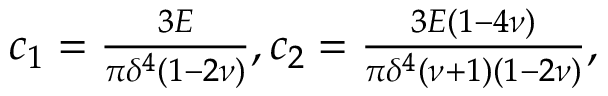
\begin{array} { r } { c _ { 1 } = \frac { 3 E } { \pi \delta ^ { 4 } ( 1 - 2 \nu ) } , c _ { 2 } = \frac { 3 E ( 1 - 4 \nu ) } { \pi \delta ^ { 4 } ( \nu + 1 ) ( 1 - 2 \nu ) } , } \end{array}